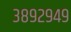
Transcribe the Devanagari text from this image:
३८९२९४९